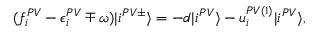
\begin{array} { r } { ( f _ { i } ^ { P V } - \epsilon _ { i } ^ { P V } \mp \omega ) | i ^ { P V \pm } \rangle = - d | i ^ { P V } \rangle - u _ { i } ^ { P V ( 1 ) } | i ^ { P V } \rangle , } \end{array}